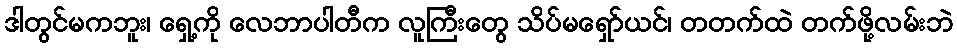
ဒါတွင်မကဘူး၊ ရှေ့ကို လေဘာပါတီက လူကြီးတွေ သိပ်မရှော်ယင်၊ တတက်ထဲ တက်ဖို့လမ်းဘဲ